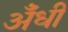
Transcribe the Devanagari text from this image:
अँधी